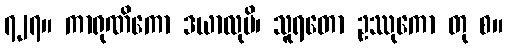
၇၂၇။ ကာရုဏိကော ဒယာလုပိ၊ သူရတော ဥဿုကော တု စ။